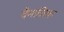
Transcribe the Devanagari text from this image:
वैमात्रिक